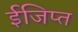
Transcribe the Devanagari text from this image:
ईजिप्‍त